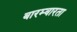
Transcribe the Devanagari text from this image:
बारम्‍बारता